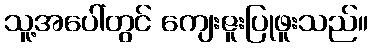
သူ့အပေါ်တွင် ကျေးဇူးပြုဖူးသည်။